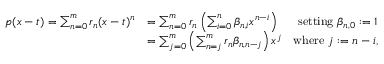
\begin{array} { r l r } { p ( x - t ) = \sum _ { n = 0 } ^ { m } r _ { n } ( x - t ) ^ { n } } & { = \sum _ { n = 0 } ^ { m } r _ { n } \left( \sum _ { i = 0 } ^ { n } \beta _ { n , i } x ^ { n - i } \right) } & { \mathrm { s e t t i n g ~ } \beta _ { n , 0 } : = 1 } \\ & { = \sum _ { j = 0 } ^ { m } \left( \sum _ { n = j } ^ { m } r _ { n } \beta _ { n , n - j } \right) x ^ { j } } & { \mathrm { w h e r e ~ } j : = n - i , } \end{array}